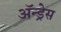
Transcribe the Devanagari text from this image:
ॲन्ड्रेस